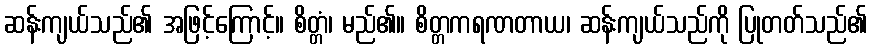
ဆန်းကျယ်သည်၏ အဖြင့်ကြောင့်။ စိတ္တံ၊ မည်၏။ စိတ္တကရဏတာယ၊ ဆန်းကျယ်သည်ကို ပြုတတ်သည်၏